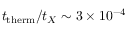
t _ { \mathrm { t h e r m } } / t _ { X } \sim 3 \times 1 0 ^ { - 4 }